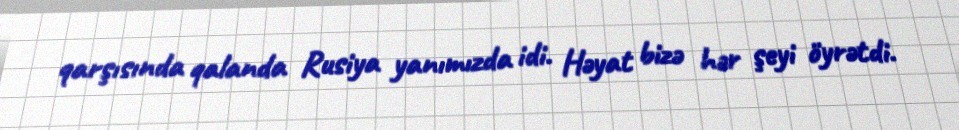
qarşısında qalanda Rusiya yanımızda idi. Həyat bizə hər şeyi öyrətdi.